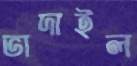
ভাদাইল